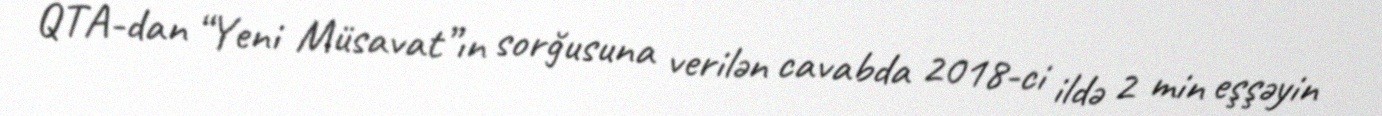
QTA-dan “Yeni Müsavat”ın sorğusuna verilən cavabda 2018-ci ildə 2 min eşşəyin